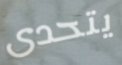
يتحدى